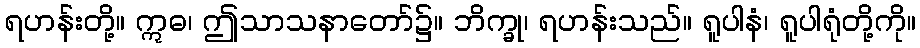
ရဟန်းတို့။ ဣဓ၊ ဤသာသနာတော်၌။ ဘိက္ခု၊ ရဟန်းသည်။ ရူပါနံ၊ ရူပါရုံတို့ကို။